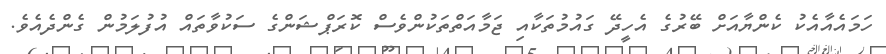
ހަމައެއާއެކު ކެންޔާއަށް ބޭރުގެ އެހީދޭ ގައުމުތަކާއި ޖަމާއަތްތަކުންވެސް ކޮރަޕްޝަންގެ ސަކުވާތައް އުފުލަމުން ގެންދެއެވެ.